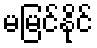
မမြင်နိုင်